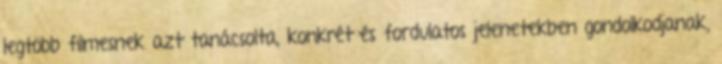
legtöbb filmesnek azt tanácsolta, konkrét és fordulatos jelenetekben gondolkodjanak,